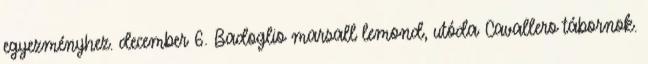
egyezményhez. december 6. Badoglio marsall lemond, utóda Cavallero tábornok.